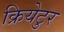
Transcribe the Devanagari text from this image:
क्रियेटुर